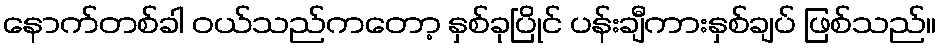
နောက်တစ်ခါ ဝယ်သည်ကတော့ နှစ်ခုပြိုင် ပန်းချီကားနှစ်ချပ် ဖြစ်သည်။